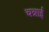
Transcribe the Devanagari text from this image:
चन्नाई